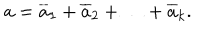
LaTeX: a = { \overline { { a } } _ { 1 } } + { \overline { { a } } _ { 2 } } + \ldots + { \overline { { a } } _ { k } } .